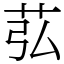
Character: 苰